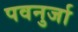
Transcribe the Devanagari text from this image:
पवनुर्जा